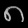
Digit: ၈